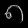
Digit: ၈